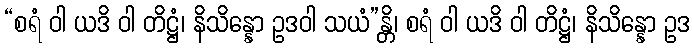
“စရံ ဝါ ယဒိ ဝါ တိဋ္ဌံ၊ နိသိန္နော ဥဒဝါ သယံ”န္တိ၊ စရံ ဝါ ယဒိ ဝါ တိဋ္ဌံ၊ နိသိန္နော ဥဒ